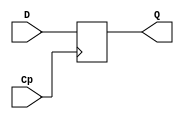
/*
===================================================================
Project Name    : 6NAND D-FF
File Name       : 1_3_e_test.v
Encoding        : UTF-8
Creation Date   : 2021/4/15
===================================================================
*/

module D_FF(D, Cp, Q);

	input D, Cp;
	output Q;
	reg Q;

	always @(posedge Cp)begin
	if(Cp == 1'b0)
		Q <= 1'b0;
	else
		Q <= D;
	end

endmodule